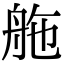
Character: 䑨